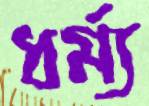
ধর্ম্য